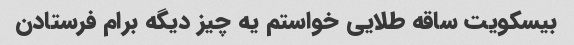
بیسکویت ساقه طلایی خواستم یه چیز دیگه برام فرستادن